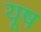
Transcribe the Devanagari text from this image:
यूष